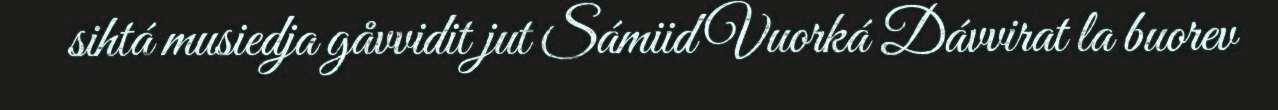
sihtá musiedja gåvvidit jut Sámiid Vuorká Dávvirat la buorev